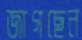
জাগছেন